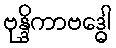
ဗုန္ဒိကာဗဒ္ဓေါ